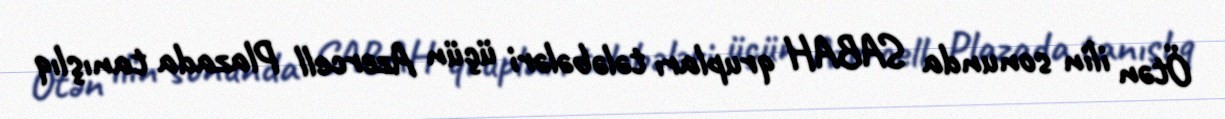
Ötən ilin sonunda SABAH qrupları tələbələri üçün Azercell Plazada tanışlıq